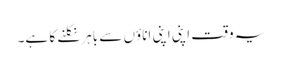
یہ وقت اپنی اپنی اناؤں سے باہر نکلنے کا ہے۔